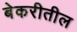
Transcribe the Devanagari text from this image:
बेकरीतील